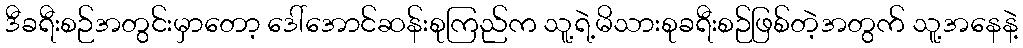
ဒီခရီးစဉ်အတွင်းမှာတော့ ဒေါ်အောင်ဆန်းစုကြည်က သူ့ရဲ့မိသားစုခရီးစဉ်ဖြစ်တဲ့အတွက် သူ့အနေနဲ့